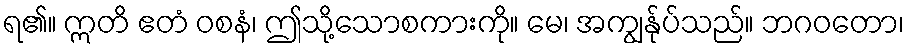
ရ၏။ ဣတိ ဧတံ ဝစနံ၊ ဤသို့သောစကားကို။ မေ၊ အကျွန်ုပ်သည်။ ဘဂဝတော၊